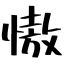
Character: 慠